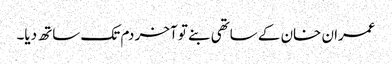
عمران خان کے ساتھی بنے تو آخر دم تک ساتھ دیا۔